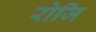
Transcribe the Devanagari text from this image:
रोजि